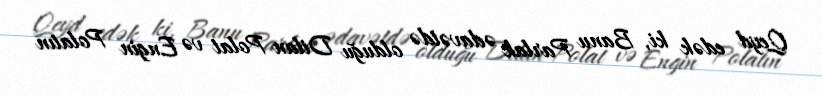
Qeyd edək ki, Banu Parlak ədavətdə olduğu Dilan Polat və Engin Polatın